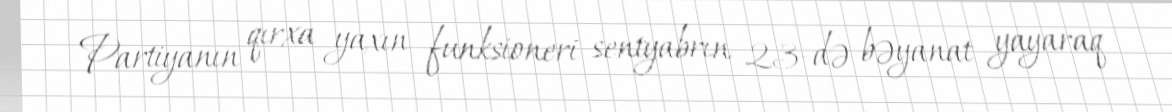
Partiyanın qırxa yaxın funksioneri sentyabrın 23-də bəyanat yayaraq